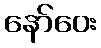
နော်ဝေး